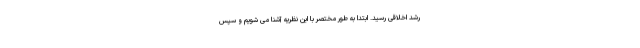
رشد اخلاقی رسید. ابتدا به طور مختصر با این نظریه آشنا می شویم و سپس